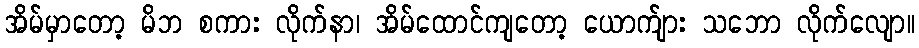
အိမ်မှာတော့ မိဘ စကား လိုက်နာ၊ အိမ်ထောင်ကျတော့ ယောက်ျား သဘော လိုက်လျော။